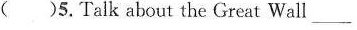
( ) 5.Talk about the Great Wall_____